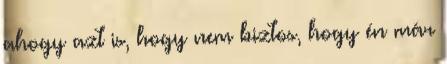
ahogy azt is, hogy nem biztos, hogy én már